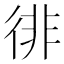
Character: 徘